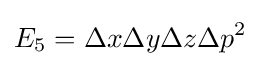
E_{5}=\Delta x\Delta y\Delta z\Delta p^{2}